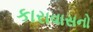
કારાવાસનો